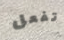
تفعل